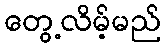
တွေ့လိမ့်မည်